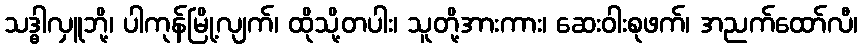
သဒ္ဓါလှူဘို့၊ ပါကုန်မြို့လျက်၊ ထိုသို့တပါး၊ သူတို့အားကား၊ ဆေးဝါးစုဖက်၊ အညက်ထော်လီ၊